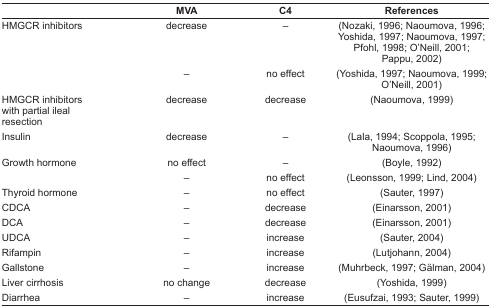
<table><thead><tr><td></td><td><b>MVA</b></td><td><b>C4</b></td><td><b>References</b></td></tr></thead><tbody><tr><td rowspan="2">HMGCR inhibitors</td><td>decrease</td><td>–</td><td>(Nozaki, 1996; Naoumova, 1996; Yoshida, 1997; Naoumova, 1997; Pfohl, 1998; O’Neill, 2001; Pappu, 2002)</td></tr><tr><td>–</td><td>no effect</td><td>(Yoshida, 1997; Naoumova, 1999; O’Neill, 2001)</td></tr><tr><td>HMGCR inhibitors with partial ileal resection</td><td>decrease</td><td>decrease</td><td>(Naoumova, 1999)</td></tr><tr><td>Insulin</td><td>decrease</td><td>–</td><td>(Lala, 1994; Scoppola, 1995; Naoumova, 1996)</td></tr><tr><td rowspan="2">Growth hormone</td><td>no effect</td><td>–</td><td>(Boyle, 1992)</td></tr><tr><td>–</td><td>no effect</td><td>(Leonsson, 1999; Lind, 2004)</td></tr><tr><td>Thyroid hormone</td><td>–</td><td>no effect</td><td>(Sauter, 1997)</td></tr><tr><td>CDCA</td><td>–</td><td>decrease</td><td>(Einarsson, 2001)</td></tr><tr><td>DCA</td><td>–</td><td>decrease</td><td>(Einarsson, 2001)</td></tr><tr><td>UDCA</td><td>–</td><td>increase</td><td>(Sauter, 2004)</td></tr><tr><td>Rifampin</td><td>–</td><td>increase</td><td>(Lutjohann, 2004)</td></tr><tr><td>Gallstone</td><td>–</td><td>increase</td><td>(Muhrbeck, 1997; Gälman, 2004)</td></tr><tr><td>Liver cirrhosis</td><td>no change</td><td>decrease</td><td>(Yoshida, 1999)</td></tr><tr><td>Diarrhea</td><td>–</td><td>increase</td><td>(Eusufzai, 1993; Sauter, 1999)</td></tr></tbody></table>